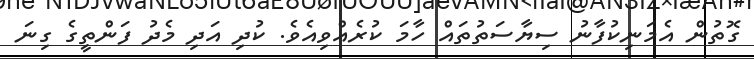
ގޮތުން އެމަނިކުފާނު ސިޔާސަތުތައް ހާމަ ކުރެއްވިއެވެ. ކުދި އަދި މެދު ފަންތީގެ ގިނަ